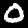
Digit: 0